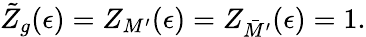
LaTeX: \tilde{Z}_{g}(\epsilon)=Z_{M^{\prime}}(\epsilon)=Z_{\bar{M}^{\prime}}(\epsilon)=1.